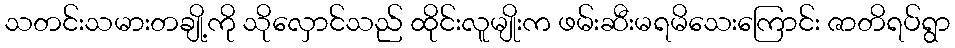
သတင်းသမားတချို့ကို သိုလှောင်သည် ထိုင်းလူမျိုးက ဖမ်းဆီးမရမိသေးကြောင်း ဇာတိရပ်ရွာ